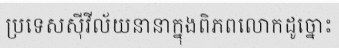
ប្រទេសស៊ីវីល័យនានាក្នុងពិភពលោកដូច្នោះ